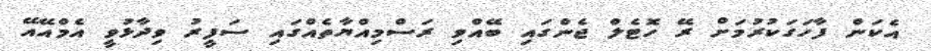
އެކަން ފާހަގަކުރުމަށް ރޭ ހޮޓެލް ޖެންގައި ބޭއްވި ރަސްމިއްޔާތެއްގައި ސަފީރު ވިދާޅުވީ އެމްއޭއޭ